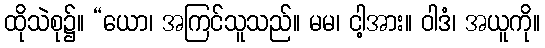
ထိုသဲစု၌။ “ယော၊ အကြင်သူသည်။ မမ၊ ငါ့အား။ ဝါဒံ၊ အယူကို။